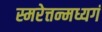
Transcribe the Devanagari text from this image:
स्मरेत्तन्मध्यगं